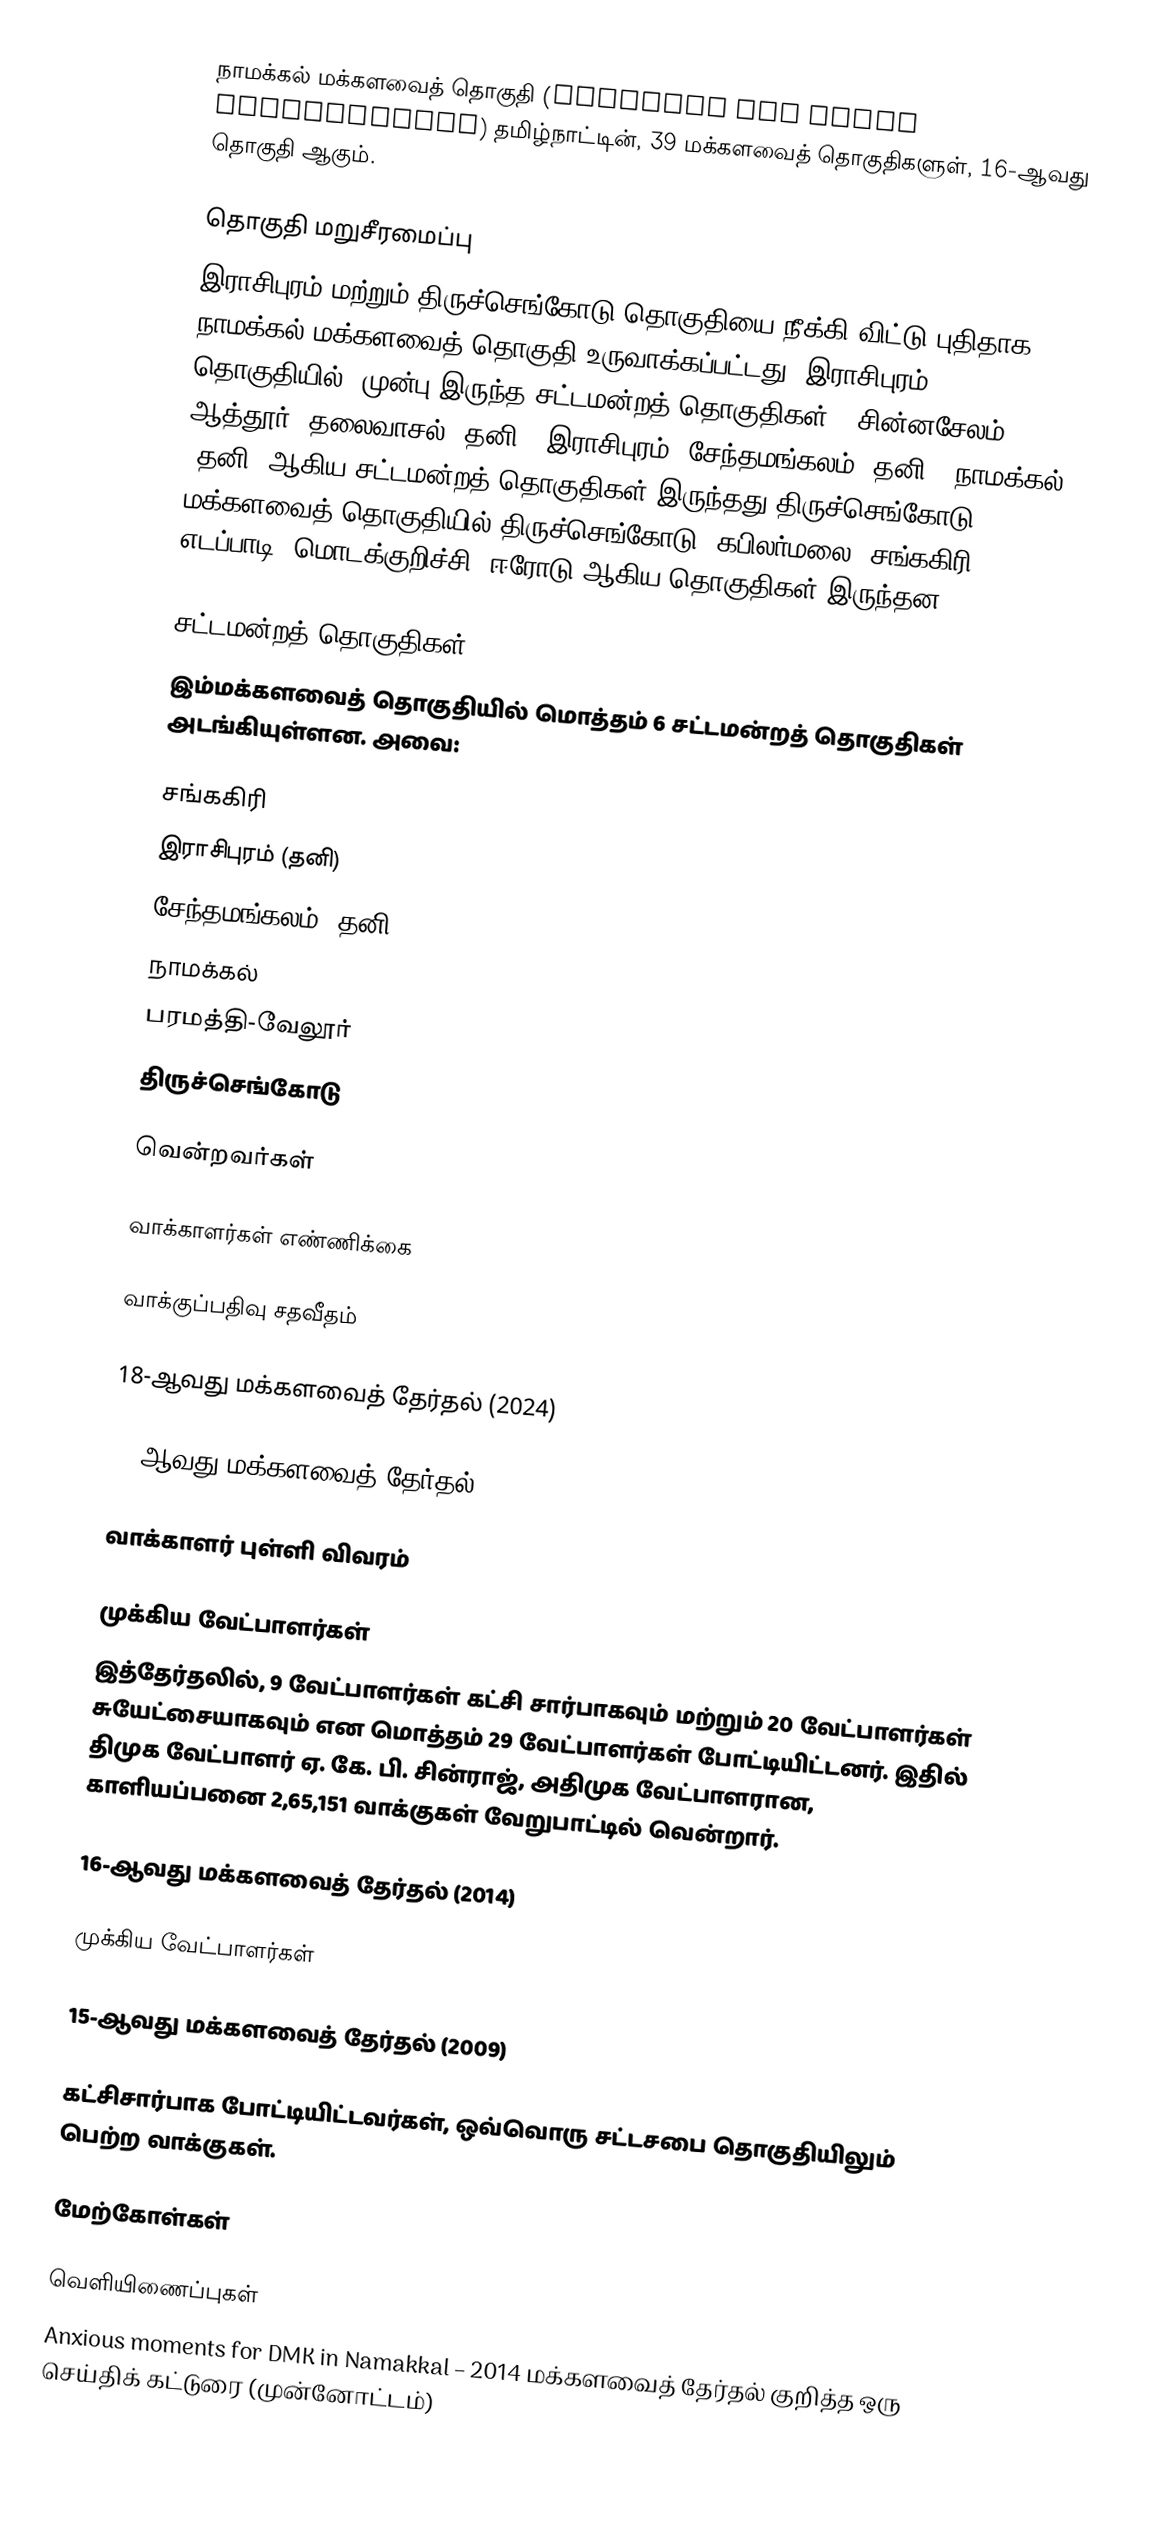
நாமக்கல் மக்களவைத் தொகுதி (Namakkal Lok Sabha constituency) தமிழ்நாட்டின், 39 மக்களவைத் தொகுதிகளுள், 16-ஆவது தொகுதி ஆகும்.

தொகுதி மறுசீரமைப்பு
இராசிபுரம் மற்றும் திருச்செங்கோடு தொகுதியை நீக்கி விட்டு புதிதாக நாமக்கல் மக்களவைத் தொகுதி உருவாக்கப்பட்டது. இராசிபுரம் தொகுதியில், முன்பு இருந்த சட்டமன்றத் தொகுதிகள் - சின்னசேலம், ஆத்தூர், தலைவாசல் (தனி), இராசிபுரம், சேந்தமங்கலம் (தனி), நாமக்கல் (தனி) ஆகிய சட்டமன்றத் தொகுதிகள் இருந்தது.திருச்செங்கோடு மக்களவைத் தொகுதியில் திருச்செங்கோடு, கபிலர்மலை, சங்ககிரி, எடப்பாடி, மொடக்குறிச்சி, ஈரோடு ஆகிய தொகுதிகள் இருந்தன.

சட்டமன்றத் தொகுதிகள்
இம்மக்களவைத் தொகுதியில் மொத்தம் 6 சட்டமன்றத் தொகுதிகள் அடங்கியுள்ளன. அவை:

 சங்ககிரி
 இராசிபுரம் (தனி)
 சேந்தமங்கலம் (தனி)
 நாமக்கல்
 பரமத்தி-வேலூர்
 திருச்செங்கோடு

வென்றவர்கள்

வாக்காளர்கள் எண்ணிக்கை

வாக்குப்பதிவு சதவீதம்

18-ஆவது மக்களவைத் தேர்தல் (2024)

17-ஆவது மக்களவைத் தேர்தல் (2019)

வாக்காளர் புள்ளி விவரம்

முக்கிய வேட்பாளர்கள்
இத்தேர்தலில், 9 வேட்பாளர்கள் கட்சி சார்பாகவும் மற்றும் 20 வேட்பாளர்கள் சுயேட்சையாகவும் என மொத்தம் 29 வேட்பாளர்கள் போட்டியிட்டனர். இதில் திமுக வேட்பாளர் ஏ. கே. பி. சின்ராஜ், அதிமுக வேட்பாளரான, காளியப்பனை 2,65,151 வாக்குகள் வேறுபாட்டில் வென்றார்.

16-ஆவது மக்களவைத் தேர்தல் (2014)

முக்கிய வேட்பாளர்கள்

15-ஆவது மக்களவைத் தேர்தல் (2009)

கட்சிசார்பாக போட்டியிட்டவர்கள், ஒவ்வொரு சட்டசபை தொகுதியிலும் பெற்ற வாக்குகள்.

மேற்கோள்கள்

வெளியிணைப்புகள்
 Anxious moments for DMK in Namakkal – 2014 மக்களவைத் தேர்தல் குறித்த ஒரு செய்திக் கட்டுரை (முன்னோட்டம்)